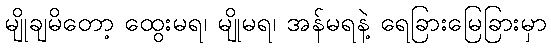
မျိုချမိတော့ ထွေးမရ၊ မျိုမရ၊ အန်မရနဲ့ ရေခြားမြေခြားမှာ